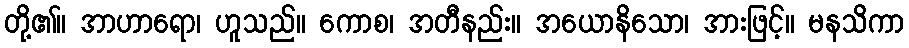
တို့၏။ အာဟာရော၊ ဟူသည်။ ကောစ၊ အတီနည်း။ အယောနိသော၊ အားဖြင့်။ မနသိကာ